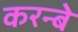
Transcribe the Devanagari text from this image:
करन्बे